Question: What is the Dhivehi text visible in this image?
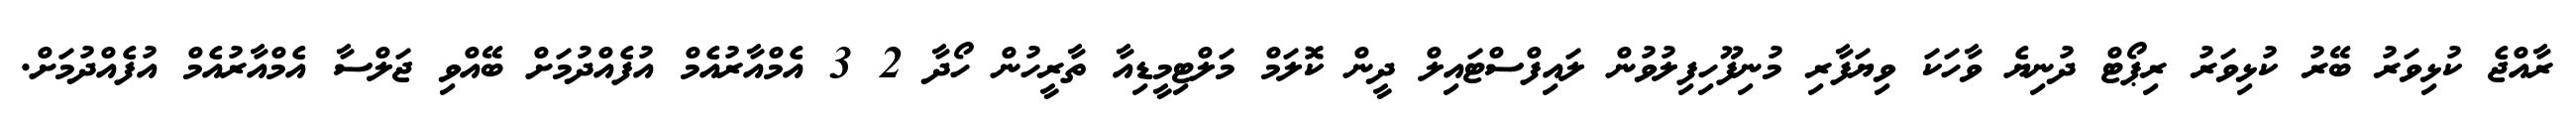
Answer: ރާއްޖެ ކުޅިވަރު ބޭރު ކުޅިވަރު ރިޕޯޓް ދުނިޔެ ވާހަކަ ވިޔަފާރި މުނިފޫހިފިލުވުން ލައިފްސްޓައިލް ދީން ކޮލަމް މަލްޓިމީޑިއާ ތާރީހުން ހޯދާ 2 3 އެމްއާރުއެމް އުފެއްދުމަށް ބޭއްވި ޖަލްސާ އެމްއާރުއެމް އުފެއްދުމަށް.